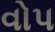
વોપ